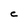
Character: c